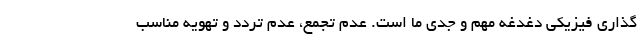
گذاری فیزیکی دغدغه مهم و جدی ما است. عدم تجمع، عدم تردد و تهویه مناسب